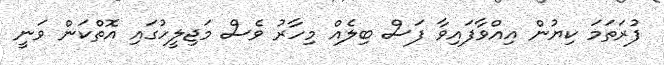
ފުރަތަމަ ކިޔުން އިއްވާފައިވާ ފަސް ބިލެއް މިހާރު ވެސް މަޖިލީހުގައި އޮތްކަން ވަނީ